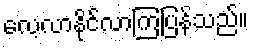
လေ့လာနိုင်လာကြပြန်သည်။